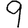
Digit: 9